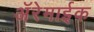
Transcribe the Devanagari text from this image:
अॅरेमाईक